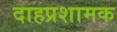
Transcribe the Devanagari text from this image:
दाहप्रशामक